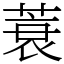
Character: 蓑